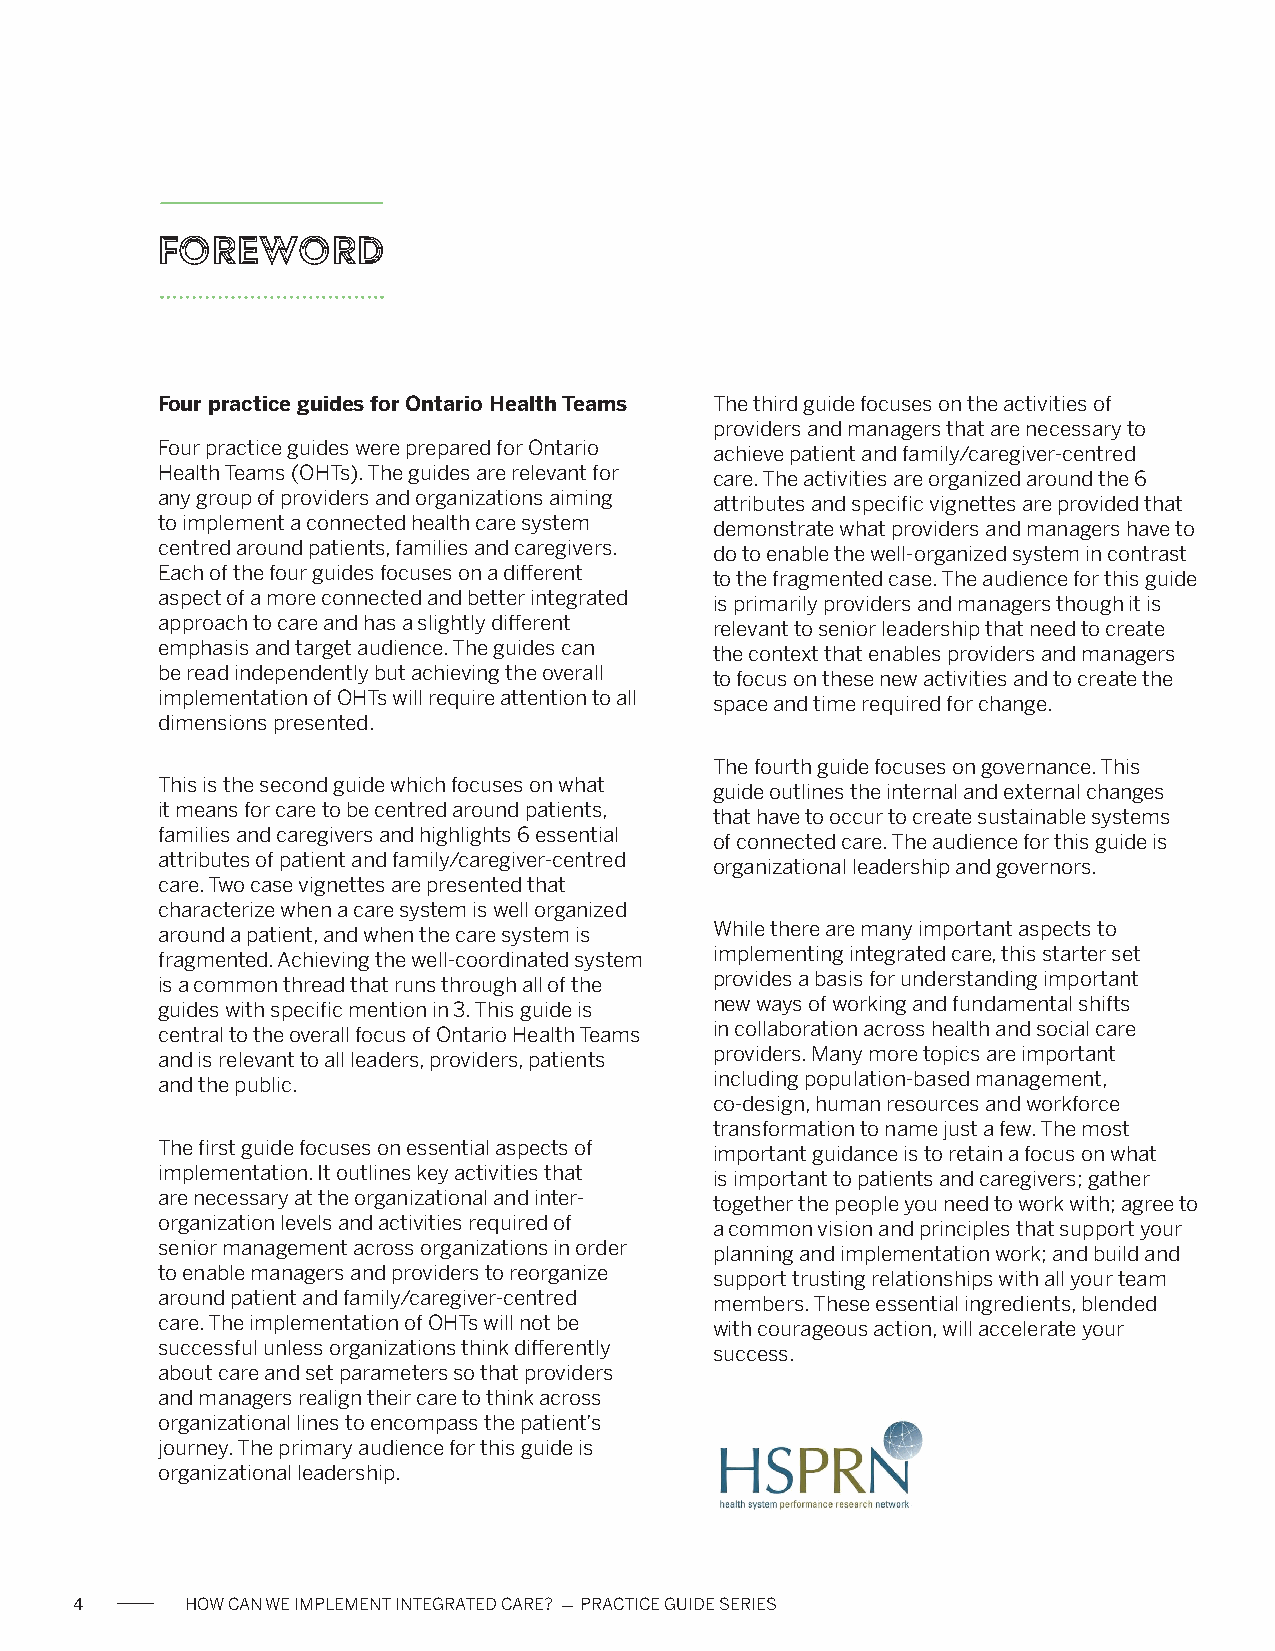
Foreword
 Four practice guides for Ontario Health Teams The third guide focuses on the activities of
 providers and managers that are necessary to
 Four practice guides were prepared for Ontario achieve patient and family/caregiver-centred
 Health Teams (OHTs). The guides are relevant for care. The activities are organized around the 6
 any group of providers and organizations aiming attributes and specific vignettes are provided that
 to implement a connected health care system demonstrate what providers and managers have to
 centred around patients, families and caregivers. do to enable the well-organized system in contrast
 Each of the four guides focuses on a different to the fragmented case. The audience for this guide
 aspect of a more connected and better integrated is primarily providers and managers though it is
 approach to care and has a slightly different relevant to senior leadership that need to create
 emphasis and target audience. The guides can the context that enables providers and managers
 be read independently but achieving the overall to focus on these new activities and to create the
 implementation of OHTs will require attention to all space and time required for change.
 dimensions presented.
 The fourth guide focuses on governance. This
 This is the second guide which focuses on what guide outlines the internal and external changes
 it means for care to be centred around patients, that have to occur to create sustainable systems
 families and caregivers and highlights 6 essential of connected care. The audience for this guide is
 attributes of patient and family/caregiver-centred organizational leadership and governors.
 care. Two case vignettes are presented that
 characterize when a care system is well organized
 around a patient, and when the care system is While there are many important aspects to
 fragmented. Achieving the well-coordinated system implementing integrated care, this starter set
 is a common thread that runs through all of the provides a basis for understanding important
 guides with specific mention in 3. This guide is new ways of working and fundamental shifts
 central to the overall focus of Ontario Health Teams in collaboration across health and social care
 and is relevant to all leaders, providers, patients providers. Many more topics are important
 and the public.                      including population-based management,
 co-design, human resources and workforce
 transformation to name just a few. The most
 The first guide focuses on essential aspects of important guidance is to retain a focus on what
 implementation. It outlines key activities that is important to patients and caregivers; gather
 are necessary at the organizational and inter- together the people you need to work with; agree to
 organization levels and activities required of a common vision and principles that support your
 senior management across organizations in order planning and implementation work; and build and
 to enable managers and providers to reorganize support trusting relationships with all your team
 around patient and family/caregiver-centred members. These essential ingredients, blended
 care. The implementation of OHTs will not be with courageous action, will accelerate your
 successful unless organizations think differently success.
 about care and set parameters so that providers
 and managers realign their care to think across
 organizational lines to encompass the patient’s
 journey. The primary audience for this guide is
 organizational leadership.
 4      HOW CAN WE IMPLEMENT INTEGRATED CARE? - PRACTICE GUIDE SERIES